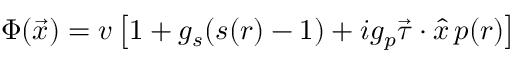
\Phi ( \vec { x } ) = v \left[ 1 + g _ { s } ( s ( r ) - 1 ) + i g _ { p } \vec { \tau } \cdot \hat { x } \, p ( r ) \right]